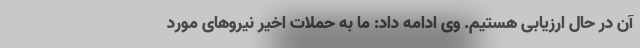
آن در حال ارزیابی هستیم. وی ادامه داد: ما به حملات اخیر نیروهای مورد